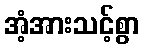
အံ့အားသင့်စွာ